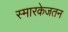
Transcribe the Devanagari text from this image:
स्मारकेजतन